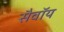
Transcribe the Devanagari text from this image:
सैवॉय